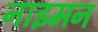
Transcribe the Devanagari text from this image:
नाइमन